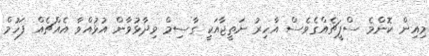
މިއިން ކޮންމެ ސްޕީޗެއްގެވެސް އާހިރު ނަތީޖާއަކީ ގާސިމް ވިދާޅުވާން އުޅުއްވާ އެއްޗެއް ފަހުމް